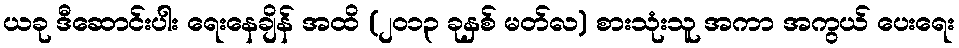
ယခု ဒီဆောင်းပါး ရေးနေချိန် အထိ (၂ဝ၁၃ ခုနှစ် မတ်လ) စားသုံးသူ အကာ အကွယ် ပေးရေး